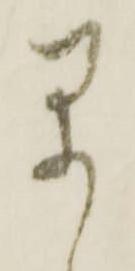
早